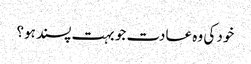
خود کی وہ عادت جو بہت پسند ہو؟